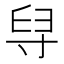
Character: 𦥘